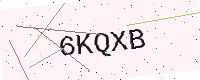
Text: 6KQXB